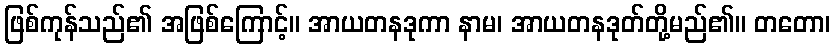
ဖြစ်ကုန်သည်၏ အဖြစ်ကြောင့်။ အာယတနဒုကာ နာမ၊ အာယတနဒုတ်တို့မည်၏။ တတော၊